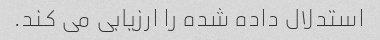
استدلال داده شده را ارزیابی می کند.